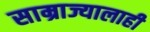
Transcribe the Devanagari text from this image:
साम्राज्यालाही